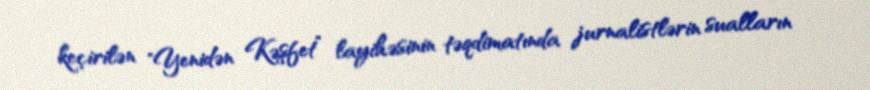
keçirilən "Yenidən Kəşfet” layihəsinin təqdimatında jurnalistlərin sualların